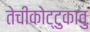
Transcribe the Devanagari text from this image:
तेचीकोट्टुकावु